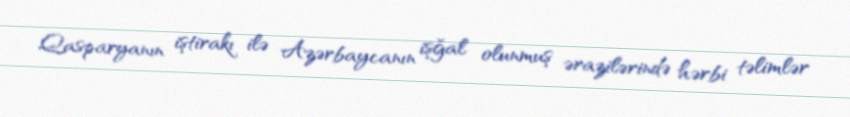
Qasparyanın iştirakı ilə Azərbaycanın işğal olunmuş ərazilərində hərbi təlimlər